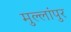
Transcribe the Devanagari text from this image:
मुल्लांपुर